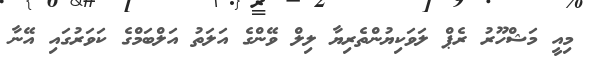
މިއީ މަޝްހޫރު ރެޕް ލަވަކިޔުންތެރިޔާ ލިލް ވޭންގެ އަލަތު އަލްބަމްގެ ކަވަރުގައި އޭނާ